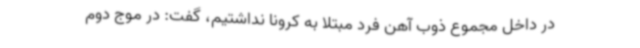
در داخل مجموع ذوب آهن فرد مبتلا به کرونا نداشتیم، گفت: در موج دوم